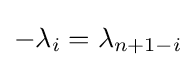
-\lambda _{i}=\lambda _{n+1-i}